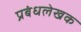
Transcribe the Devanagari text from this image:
प्रबंधलेखक